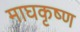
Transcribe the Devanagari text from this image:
माघकृष्ण